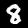
Digit: 8